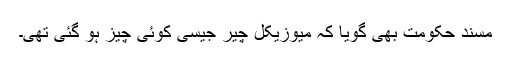
مسند حکومت بھی گویا کہ میوزیکل چیر جیسی کوئی چیز ہو گئی تھی۔